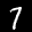
Label: 7